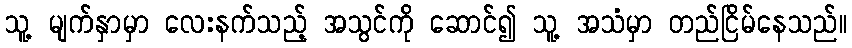
သူ့ မျက်နှာမှာ လေးနက်သည့် အသွင်ကို ဆောင်၍ သူ့ အသံမှာ တည်ငြိမ်နေသည်။